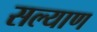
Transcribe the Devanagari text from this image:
सल्याण